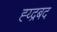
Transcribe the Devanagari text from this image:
ह्य्द्रबद